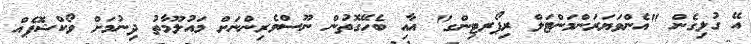
އޭ ގުޅިގެން "އެންވަޔަރަންމަންޓަލް ރިޕޯރޓިންގ" އާއި ބެހޭގޮތުން ނޫސްވެރިންނަށް މައުލޫމާތު ދިނުމަށް ވޯކްޝޮޕެއް